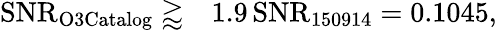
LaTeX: \begin{array}{rl}{\mathrm{{SNR}_{\mathrm{{O3Catalog}}}\gtrapprox}}&{{}1.9\, \mathrm{{SNR}_{150914}=0.1045,}}\end{array}